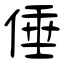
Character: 倕